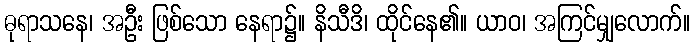
ဓုရာသနေ၊ အဦး ဖြစ်သော နေရာ၌။ နိသီဒိ၊ ထိုင်နေ၏။ ယာဝ၊ အကြင်မျှလောက်။